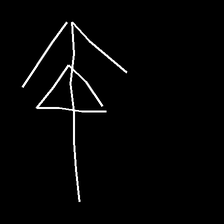
Glyph: pull